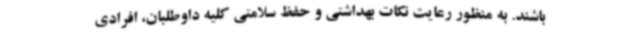
باشند. به منظور رعایت نکات بهداشتی و حفظ سلامتی کلیه داوطلبان، افرادی